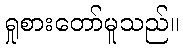
ရှုစားတော်မူသည်။